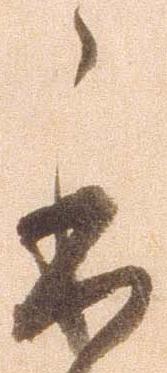
本